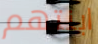
ابنتهم